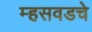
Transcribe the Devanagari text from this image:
म्हसवडचे